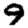
Digit: 9